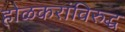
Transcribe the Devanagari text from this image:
होळकरांविरुद्ध